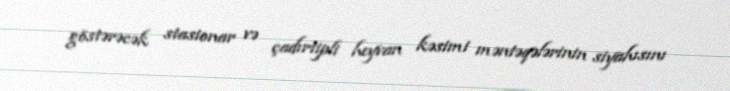
göstərəcək stasionar və çadırtipli heyvan kəsimi məntəqələrinin siyahısını